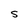
Character: s